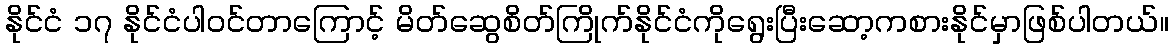
နိုင်ငံ ၁၇ နိုင်ငံပါဝင်တာကြောင့် မိတ်ဆွေစိတ်ကြိုက်နိုင်ငံကိုရွေးပြီးဆော့ကစားနိုင်မှာဖြစ်ပါတယ်။